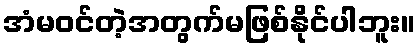
အံမဝင်တဲ့အတွက်မဖြစ်နိုင်ပါဘူး။